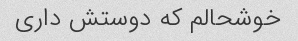
خوشحالم که دوستش داری